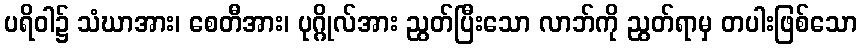
ပရိဝါ၌ သံဃာအား၊ စေတီအား၊ ပုဂ္ဂိုလ်အား ညွတ်ပြီးသော လာဘ်ကို ညွတ်ရာမှ တပါးဖြစ်သော